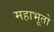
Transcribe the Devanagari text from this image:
महाभूतो